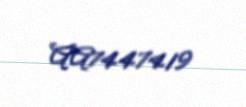
AA7447419